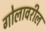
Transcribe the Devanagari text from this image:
गोलावरील